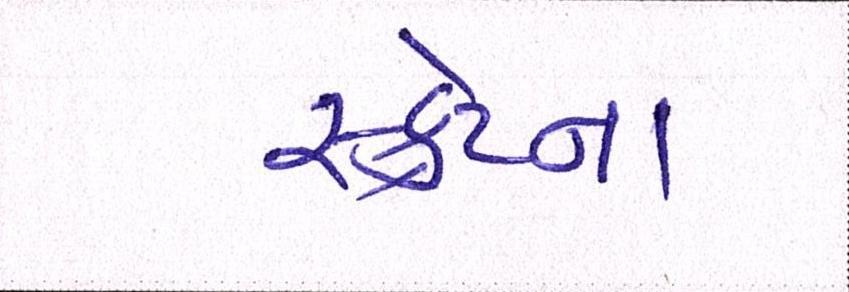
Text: સ્ક્રેપ્ના